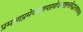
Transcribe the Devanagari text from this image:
प्रमाणप्रमेयसंशयप्रयोजनदृष्टान्तसिद्धान्तावयवतर्क